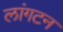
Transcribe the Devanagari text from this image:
लांगटन